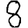
Digit: 8